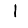
Digit: 1